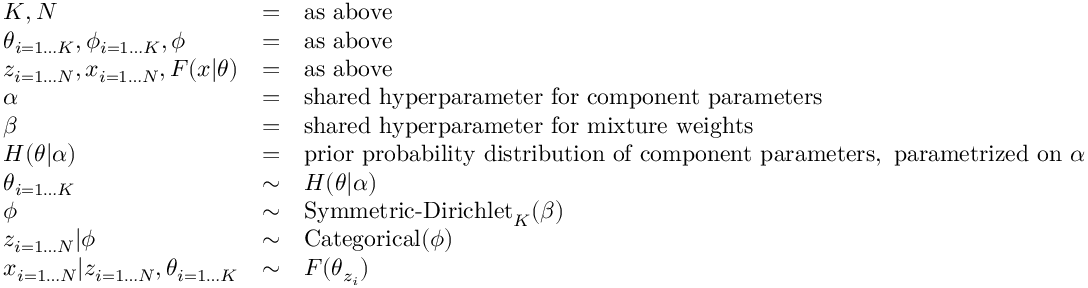
{ \begin{array} { l c l } { K , N } & { = } & { { \mathrm { a s ~ a b o v e } } } \\ { \theta _ { i = 1 \dots K } , \phi _ { i = 1 \dots K } , { \boldsymbol { \phi } } } & { = } & { { \mathrm { a s ~ a b o v e } } } \\ { z _ { i = 1 \dots N } , x _ { i = 1 \dots N } , F ( x | \theta ) } & { = } & { { \mathrm { a s ~ a b o v e } } } \\ { \alpha } & { = } & { { \mathrm { s h a r e d ~ h y p e r p a r a m e t e r ~ f o r ~ c o m p o n e n t ~ p a r a m e t e r s } } } \\ { \beta } & { = } & { { \mathrm { s h a r e d ~ h y p e r p a r a m e t e r ~ f o r ~ m i x t u r e ~ w e i g h t s } } } \\ { H ( \theta | \alpha ) } & { = } & { { \mathrm { p r i o r ~ p r o b a b i l i t y ~ d i s t r i b u t i o n ~ o f ~ c o m p o n e n t ~ p a r a m e t e r s , ~ p a r a m e t r i z e d ~ o n ~ } } \alpha } \\ { \theta _ { i = 1 \dots K } } & { \sim } & { H ( \theta | \alpha ) } \\ { { \boldsymbol { \phi } } } & { \sim } & { \operatorname { S y m m e t r i c - D i r i c h l e t } _ { K } ( \beta ) } \\ { z _ { i = 1 \dots N } | { \boldsymbol { \phi } } } & { \sim } & { \operatorname { C a t e g o r i c a l } ( { \boldsymbol { \phi } } ) } \\ { x _ { i = 1 \dots N } | z _ { i = 1 \dots N } , \theta _ { i = 1 \dots K } } & { \sim } & { F ( \theta _ { z _ { i } } ) } \end{array} }